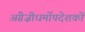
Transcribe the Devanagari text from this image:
अंग्रेज़ीधर्मोपदेशकों